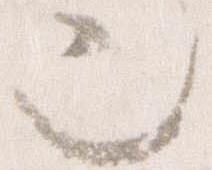
也